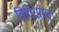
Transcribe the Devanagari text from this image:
विविधतेन्